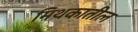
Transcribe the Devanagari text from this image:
मिथकातील